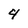
Character: 4